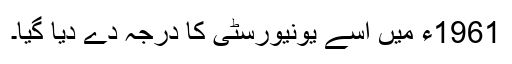
1961ء میں اِسے یونیورسٹی کا درجہ دے دیا گیا۔